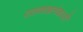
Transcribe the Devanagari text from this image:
रसवदलंकारों